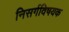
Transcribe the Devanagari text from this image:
निसर्गविषयक